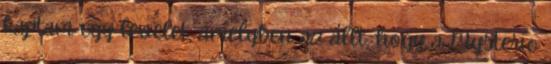
kaptam egy levelet, amelyben az állt, hogy a Mysterio